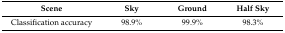
| Scene | Sky | Ground | Half Sky |
 | --- | --- | --- | --- |
 | Classification accuracy | 98.9% | 99.9% | 98.3% |